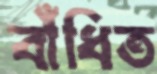
বাঁধিত